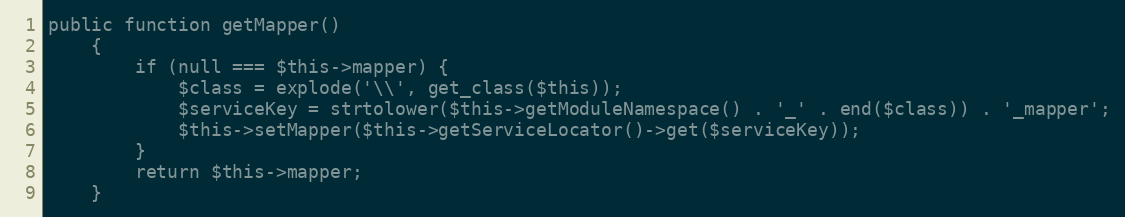
Language: PHP
public function getMapper()
    {
        if (null === $this->mapper) {
            $class = explode('\\', get_class($this));
            $serviceKey = strtolower($this->getModuleNamespace() . '_' . end($class)) . '_mapper';
            $this->setMapper($this->getServiceLocator()->get($serviceKey));
        }
        return $this->mapper;
    }